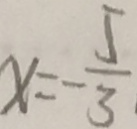
x = - \frac { 5 } { 3 }